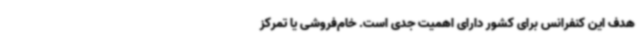
هدف این کنفرانس برای کشور دارای اهمیت جدی است. خام‌فروشی یا تمرکز